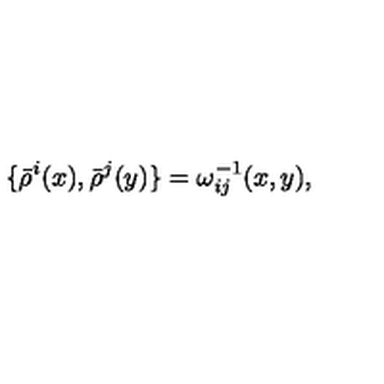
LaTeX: \{ \bar { \rho } ^ { i } ( x ) , \bar { \rho } ^ { j } ( y ) \} = \omega _ { i j } ^ { - 1 } ( x , y ) ,